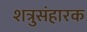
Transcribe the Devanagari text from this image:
शत्रुसंहारक